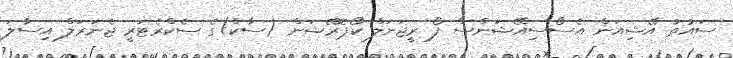
ސައުތު އޭޝިއަން އެސޯސިއޭޝަންސް ފޯ ރީޖަނަލް ކޯޕޮރޭޝަން (ސާކް)ގެ ސެކްރެޓަރީ ޖެނަރަލް އިސާލަ